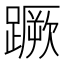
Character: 蹶